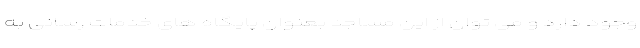
وجود دارد و می توان از این مساجد بعنوان پایگاه های خدمات رسانی به